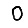
Digit: 0